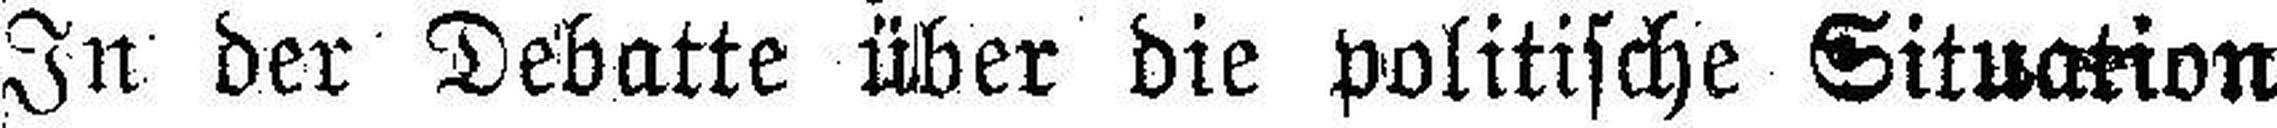
In der Debatte über die politische Situation